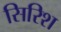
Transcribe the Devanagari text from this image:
सिरिश